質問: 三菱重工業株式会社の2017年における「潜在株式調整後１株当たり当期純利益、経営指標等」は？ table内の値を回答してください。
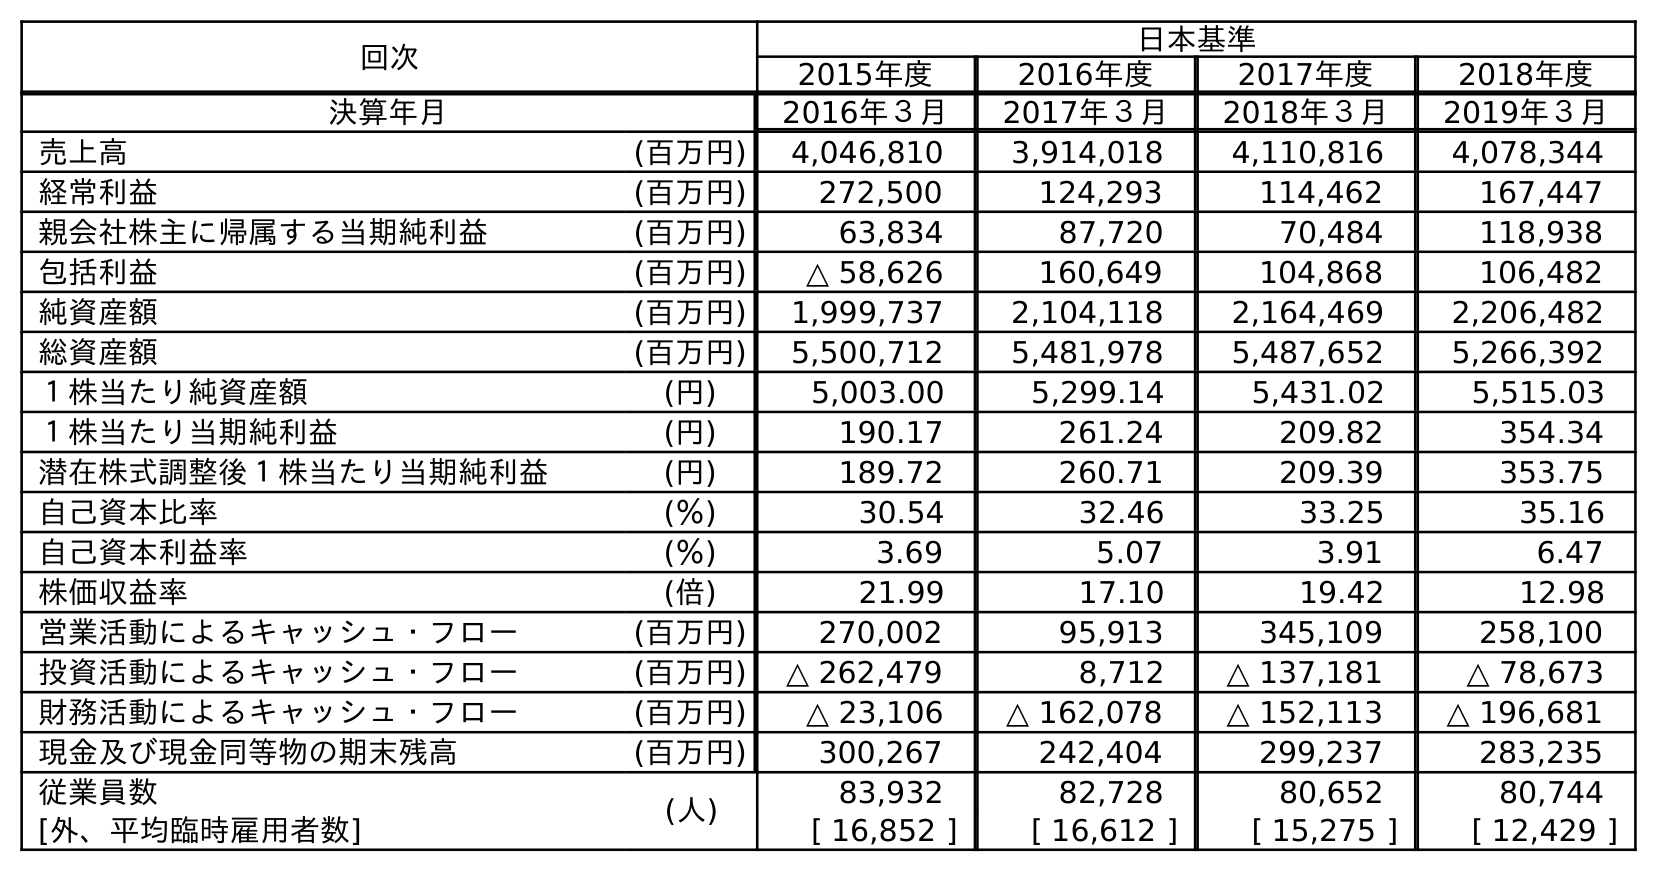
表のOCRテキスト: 回次 日本基準 2015年度 2016年度 2017年度 2018年度 決算年月 2016年３月 2017年３月 2018年３月 2019年３月 売上高 (百万円) 4,046,810 3,914,018 4,110,816 4,078,344 経常利益 (百万円) 272,500 124,293 114,462 167,447 親会社株主に帰属する当期純利益 (百万円) 63,834 87,720 70,484 118,938 包括利益 (百万円) △ 58,626 160,649 104,868 106,482 純資産額 (百万円) 1,999,737 2,104,118 2,164,469 2,206,482 総資産額 (百万円) 5,500,712 5,481,978 5,487,652 5,266,392 １株当たり純資産額 (円) 5,003.00 5,299.14 5,431.02 5,515.03 １株当たり当期純利益 (円) 190.17 261.24 209.82 354.34 潜在株式調整後１株当たり当期純利益 (円) 189.72 260.71 209.39 353.75 自己資本比率 (％) 30.54 32.46 33.25 35.16 自己資本利益率 (％) 3.69 5.07 3.91 6.47 株価収益率 (倍) 21.99 17.10 19.42 12.98 営業活動によるキャッシュ・フロー (百万円) 270,002 95,913 345,109 258,100 投資活動によるキャッシュ・フロー (百万円) △ 262,479 8,712 △ 137,181 △ 78,673 財務活動によるキャッシュ・フロー (百万円) △ 23,106 △ 162,078 △ 152,113 △ 196,681 現金及び現金同等物の期末残高 (百万円) 300,267 242,404 299,237 283,235 従業員数 (人) 83,932 82,728 80,652 80,744 [外、平均臨時雇用者数] [ 16,852 ] [ 16,612 ] [ 15,275 ] [ 12,429 ]
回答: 260.71